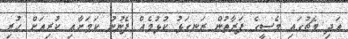
އަދި މެޗުގައި މެސީގެ ފަރާތުން ރަނގަޅު ކުޅުމެއް ފެނުނު ކަމަށާއި ކުރިއަށް ހުރި